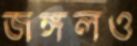
জঙ্গলও